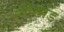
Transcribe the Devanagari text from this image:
बोरमंड